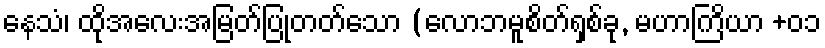
နေသံ၊ ထိုအလေးအမြတ်ပြုတတ်သော (လောဘမူစိတ်ရှစ်ခု, မဟာကြိယာ +၀၁